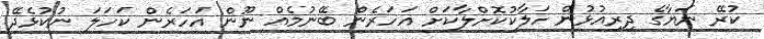
ކުރޭ ނަޔާގެ ދިރިއުޅުން ހަލާކުކޮށްލާކަށް އަހަރެން ބޭނުމެއް ނޫން އަހަރެން ކަހަލަ ނުކުޅެދޭ